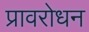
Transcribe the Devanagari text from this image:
प्रावरोधन